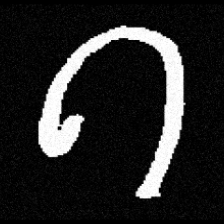
Pyu character \u2014 Myanmar letter: ဂ (romanized: ga)